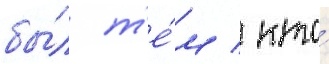
бы́л т'е́м / кто́